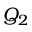
Q _ { 2 }